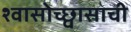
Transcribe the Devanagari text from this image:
श्वासोच्छ्वासाची